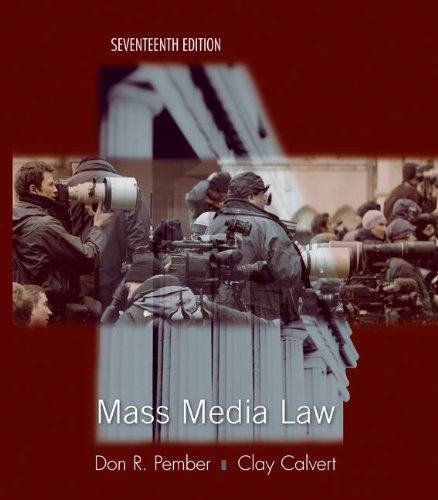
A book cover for Mass Media Law; Don Pember; Law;